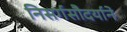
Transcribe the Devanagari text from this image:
निसर्गसौदर्याने